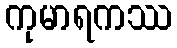
ကုမာရကဿ